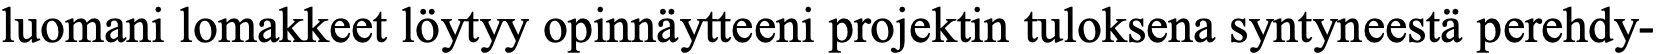
luomani lomakkeet löytyy opinnäytteeni projektin tuloksena syntyneestä perehdy-